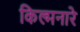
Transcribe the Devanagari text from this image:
किल्मनारे